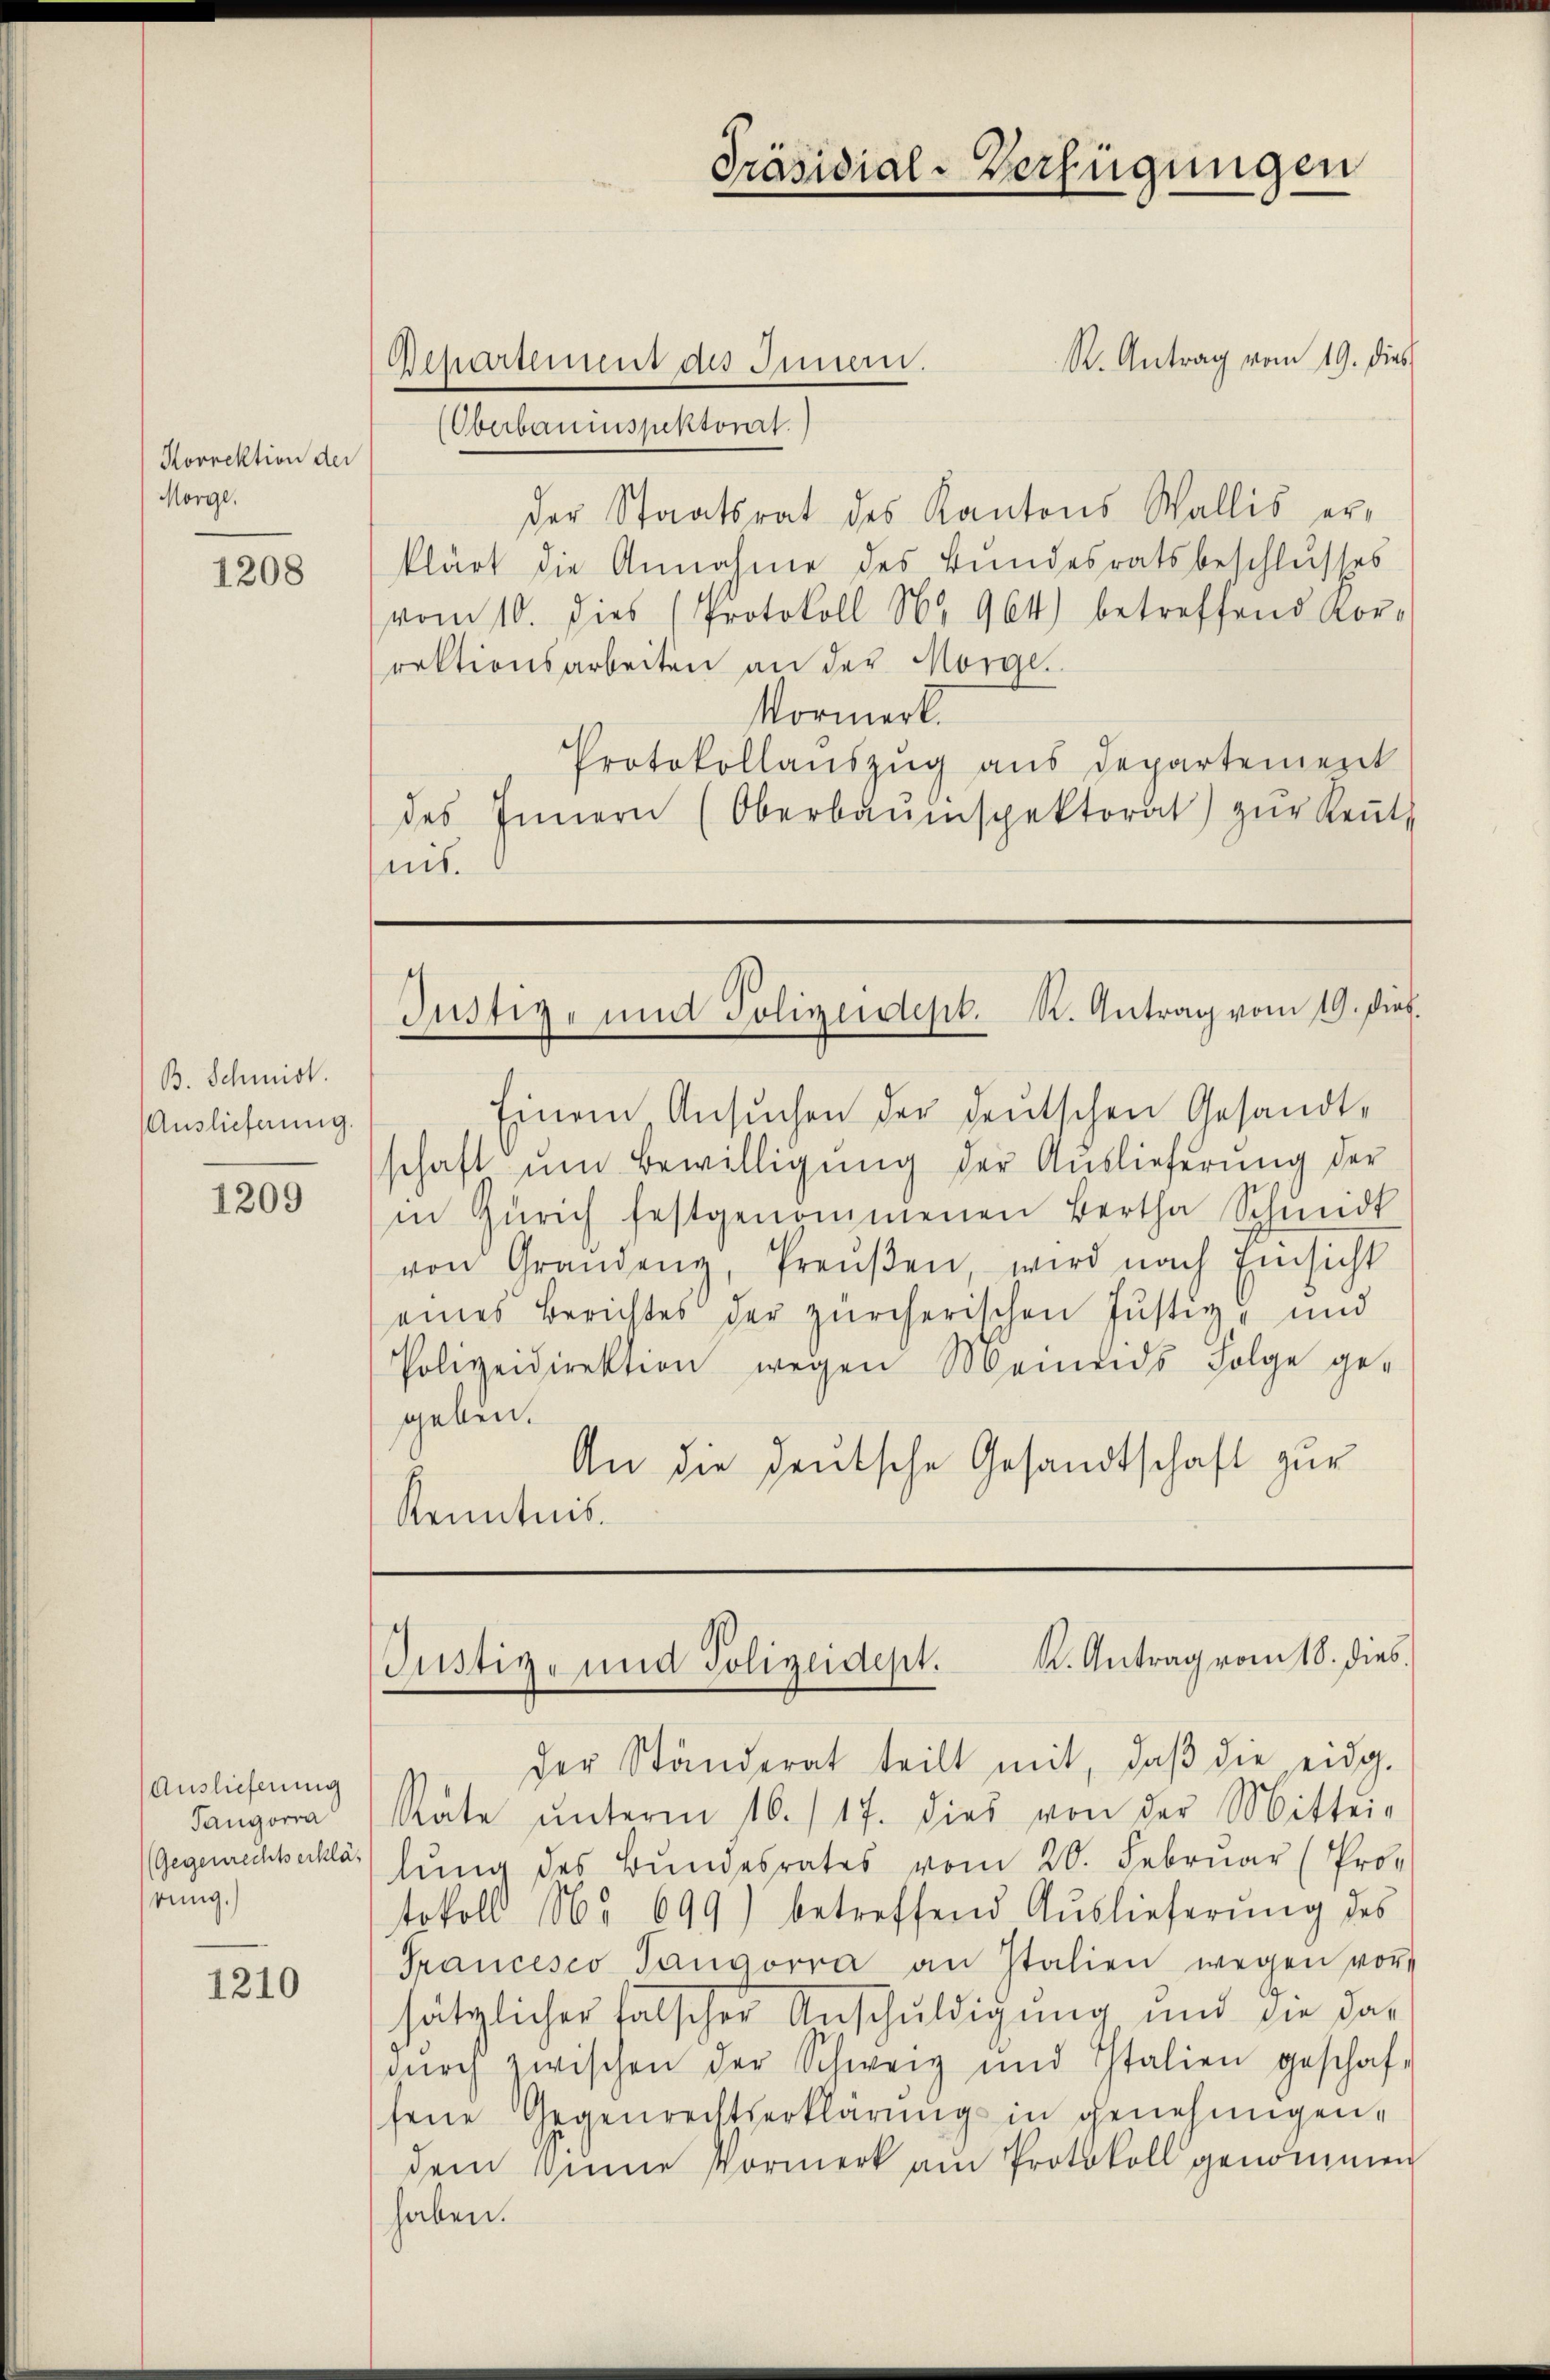
Korrektion der
Morge.

1208

B. Schmid.
Auslieferung.

1209

Auslieferung
Tangorra
(Gegenrechtserklär
rung.)

1210

R. Antrag vom 19. dies
Departement des Innern.
(Oberbaumspektorat.)
der Staatsrat des Kantons Wallis erklärt die Annahme des Bundesratsbeschlusses
vom 10. dies (Protokoll No 964) betreffend Kor-
rektionsarbeiten an der Morge
Normerk
Protokollauszug aus Departement
des Innern (Oberbauinspektorat) zŭr Keṅt
mis.

Einem Ansŭchen der deutschen Gesandtschaft ŭm Bewilligŭng der Auslieferung der
in Zürich festgenommenen Bertha Schmidt
von Grandenz, Preŭβen, wird nach Einsicht
eines Berichtes der zürcherischen Justiz- und
Polizeidirektion wegen Meinends Folge ge-
geben.
An die deutsche Gesandtschaft zur
Kenntnis.

der Ständerat teilt mit, daβ die eidg.
Rate ŭnterm 16./17. dies von der Mittei-
lŭng des Bŭndesrates vom 20. Februar (Pro-
tokoll No 699) betreffend Auslieferŭng des
Francesco Tangorra an Italien wegen vor
sätzlicher falscher Anschuldigung und die das
dŭrch zwischen der Schweiz und Italien geschaf-
fene Gegenrechtserklärung in genehmigen,
dem Sinne Vormerk am Protokoll genommen
haben.

Präsidial-Verfügungen

Justiz- und Polizeidept. K. Antrag vom 19. Dres.

Justiz- und Polizeidept. K. Antrag vom 18. dies